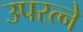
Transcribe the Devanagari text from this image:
उपरत्‍ने